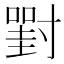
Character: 𡭈